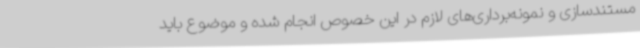
مستندسازی و نمونه‌برداری‌های لازم در این خصوص انجام شده و موضوع باید